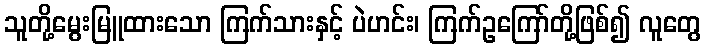
သူတို့မွေးမြူထားသော ကြက်သားနှင့် ပဲဟင်း၊ ကြက်ဥကြော်တို့ဖြစ်၍ လူတွေ